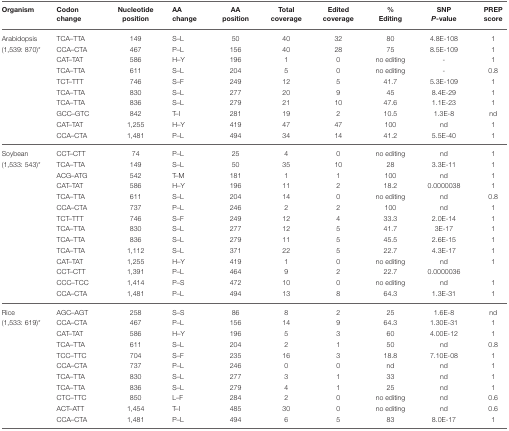
<table><thead><tr><td><b>Organism</b></td><td><b>Codon change</b></td><td><b>Nucleotide position</b></td><td><b>AA change</b></td><td><b>AA position</b></td><td><b>Total coverage</b></td><td><b>Edited coverage</b></td><td><b>% Editing</b></td><td><b>SNP <i>P</i>-value</b></td><td><b>PREP score</b></td></tr></thead><tbody><tr><td>Arabidopsis</td><td>TCA–TTA</td><td>149</td><td>S–L</td><td>50</td><td>40</td><td>32</td><td>80</td><td>4.8E-108</td><td>1</td></tr><tr><td>(1,539: 870)<sup>*</sup></td><td>CCA–CTA</td><td>467</td><td>P–L</td><td>156</td><td>40</td><td>28</td><td>75</td><td>8.5E-109</td><td>1</td></tr><tr><td></td><td>CAT–TAT</td><td>586</td><td>H–Y</td><td>196</td><td>1</td><td>0</td><td>no editing</td><td>-</td><td>1</td></tr><tr><td></td><td>TCA–TTA</td><td>611</td><td>S–L</td><td>204</td><td>5</td><td>0</td><td>no editing</td><td>-</td><td>0.8</td></tr><tr><td></td><td>TCT–TTT</td><td>746</td><td>S–F</td><td>249</td><td>12</td><td>5</td><td>41.7</td><td>5.3E-109</td><td>1</td></tr><tr><td></td><td>TCA–TTA</td><td>830</td><td>S–L</td><td>277</td><td>20</td><td>9</td><td>45</td><td>8.4E-29</td><td>1</td></tr><tr><td></td><td>TCA–TTA</td><td>836</td><td>S–L</td><td>279</td><td>21</td><td>10</td><td>47.6</td><td>1.1E-23</td><td>1</td></tr><tr><td></td><td>GCC–GTC</td><td>842</td><td>T–I</td><td>281</td><td>19</td><td>2</td><td>10.5</td><td>1.3E-8</td><td>nd</td></tr><tr><td></td><td>CAT–TAT</td><td>1,255</td><td>H–Y</td><td>419</td><td>47</td><td>47</td><td>100</td><td>nd</td><td>1</td></tr><tr><td></td><td>CCA–CTA</td><td>1,481</td><td>P–L</td><td>494</td><td>34</td><td>14</td><td>41.2</td><td>5.5E-40</td><td>1</td></tr><tr><td>Soybean</td><td>CCT–CTT</td><td>74</td><td>P–L</td><td>25</td><td>4</td><td>0</td><td>no editing</td><td>nd</td><td>1</td></tr><tr><td>(1,533: 543)<sup>*</sup></td><td>TCA–TTA</td><td>149</td><td>S–L</td><td>50</td><td>35</td><td>10</td><td>28</td><td>3.3E-11</td><td>1</td></tr><tr><td></td><td>ACG–ATG</td><td>542</td><td>T–M</td><td>181</td><td>1</td><td>1</td><td>100</td><td>nd</td><td>1</td></tr><tr><td></td><td>CAT–TAT</td><td>586</td><td>H–Y</td><td>196</td><td>11</td><td>2</td><td>18.2</td><td>0.0000038</td><td>1</td></tr><tr><td></td><td>TCA–TTA</td><td>611</td><td>S–L</td><td>204</td><td>14</td><td>0</td><td>no editing</td><td>nd</td><td>0.8</td></tr><tr><td></td><td>CCA–CTA</td><td>737</td><td>P–L</td><td>246</td><td>2</td><td>2</td><td>100</td><td>nd</td><td>1</td></tr><tr><td></td><td>TCT–TTT</td><td>746</td><td>S–F</td><td>249</td><td>12</td><td>4</td><td>33.3</td><td>2.0E-14</td><td>1</td></tr><tr><td></td><td>TCA–TTA</td><td>830</td><td>S–L</td><td>277</td><td>12</td><td>5</td><td>41.7</td><td>3E-17</td><td>1</td></tr><tr><td></td><td>TCA–TTA</td><td>836</td><td>S–L</td><td>279</td><td>11</td><td>5</td><td>45.5</td><td>2.6E-15</td><td>1</td></tr><tr><td></td><td>TCA–TTA</td><td>1,112</td><td>S–L</td><td>371</td><td>22</td><td>5</td><td>22.7</td><td>4.3E-17</td><td>1</td></tr><tr><td></td><td>CAT–TAT</td><td>1,255</td><td>H–Y</td><td>419</td><td>1</td><td>0</td><td>no editing</td><td>nd</td><td>1</td></tr><tr><td></td><td>CCT–CTT</td><td>1,391</td><td>P–L</td><td>464</td><td>9</td><td>2</td><td>22.7</td><td>0.0000036</td><td></td></tr><tr><td></td><td>CCC–TCC</td><td>1,414</td><td>P–S</td><td>472</td><td>10</td><td>0</td><td>no editing</td><td>nd</td><td>1</td></tr><tr><td></td><td>CCA–CTA</td><td>1,481</td><td>P–L</td><td>494</td><td>13</td><td>8</td><td>64.3</td><td>1.3E-31</td><td>1</td></tr><tr><td>Rice</td><td>AGC–AGT</td><td>258</td><td>S–S</td><td>86</td><td>8</td><td>2</td><td>25</td><td>1.6E-8</td><td>nd</td></tr><tr><td>(1,533: 619)<sup>*</sup></td><td>CCA–CTA</td><td>467</td><td>P–L</td><td>156</td><td>14</td><td>9</td><td>64.3</td><td>1.30E-31</td><td>1</td></tr><tr><td></td><td>CAT–TAT</td><td>586</td><td>H–Y</td><td>196</td><td>5</td><td>3</td><td>60</td><td>4.00E-12</td><td>1</td></tr><tr><td></td><td>TCA–TTA</td><td>611</td><td>S–L</td><td>204</td><td>2</td><td>1</td><td>50</td><td>nd</td><td>0.8</td></tr><tr><td></td><td>TCC–TTC</td><td>704</td><td>S–F</td><td>235</td><td>16</td><td>3</td><td>18.8</td><td>7.10E-08</td><td>1</td></tr><tr><td></td><td>CCA–CTA</td><td>737</td><td>P–L</td><td>246</td><td>0</td><td>0</td><td>nd</td><td>nd</td><td>1</td></tr><tr><td></td><td>TCA–TTA</td><td>830</td><td>S–L</td><td>277</td><td>3</td><td>1</td><td>33</td><td>nd</td><td>1</td></tr><tr><td></td><td>TCA–TTA</td><td>836</td><td>S–L</td><td>279</td><td>4</td><td>1</td><td>25</td><td>nd</td><td>1</td></tr><tr><td></td><td>CTC–TTC</td><td>850</td><td>L–F</td><td>284</td><td>2</td><td>0</td><td>no editing</td><td>nd</td><td>0.6</td></tr><tr><td></td><td>ACT–ATT</td><td>1,454</td><td>T–I</td><td>485</td><td>30</td><td>0</td><td>no editing</td><td>nd</td><td>0.6</td></tr><tr><td></td><td>CCA–CTA</td><td>1,481</td><td>P–L</td><td>494</td><td>6</td><td>5</td><td>83</td><td>8.0E-17</td><td>1</td></tr></tbody></table>